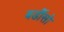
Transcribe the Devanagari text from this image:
बर्डीसो